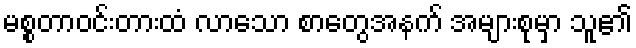
မစ္စတာဝင်းတားထံ လာသော စာတွေအနက် အများစုမှာ သူ၏